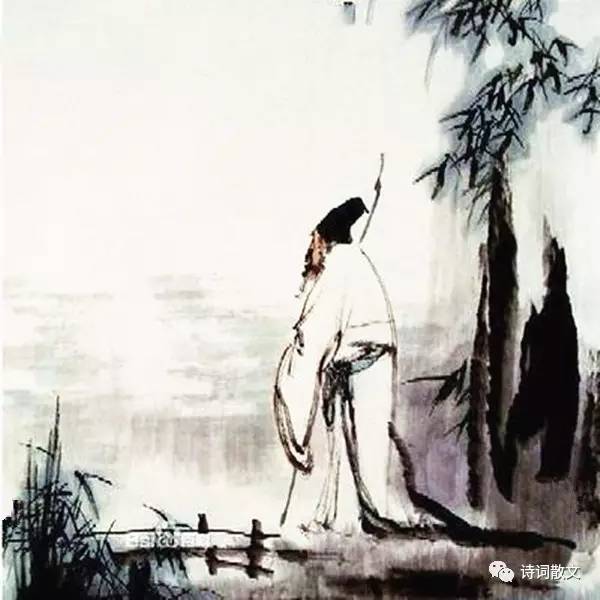
小舟从此逝，江海寄余生。